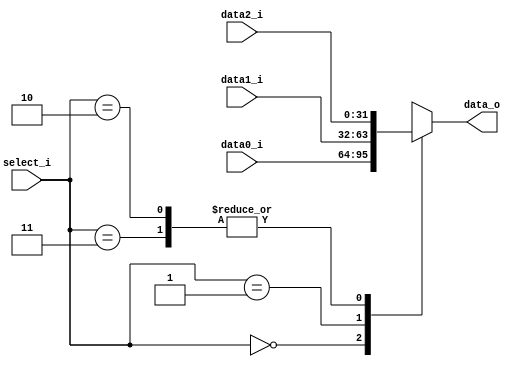
`timescale 1ns/1ps

module MUX_3to1(
    input       [32-1:0] data0_i,
    input       [32-1:0] data1_i,
    input       [32-1:0] data2_i,
    input       [ 2-1:0] select_i,
    output  reg [32-1:0] data_o
);
/* Write your code HERE */

always @(*) begin
    case (select_i) 
        2'b00: data_o = data0_i;
        2'b01: data_o = data1_i;
        2'b10, 2'b11: data_o = data2_i;
    endcase
end

endmodule